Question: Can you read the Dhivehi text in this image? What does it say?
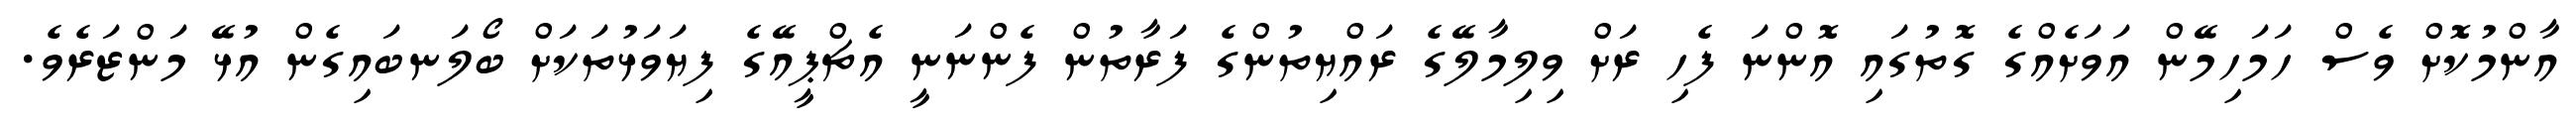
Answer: އާންމުކޮށް ވެސް ހަމަހިމޭން އަވަށެއްގެ ގޮތުގައި އޮންނަ ފެހި ރަށް ވިލިމާލޭގެ ރައްޔިތުންގެ ފަރާތުން ފެންނަނީ އެޗްޕީއޭގެ ފިޔަވަޅުތަކަށް ބޯލަނބައިގެން އުޅޭ މަންޒަރެވެ.